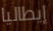
إيطاليا